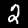
Digit: 2